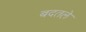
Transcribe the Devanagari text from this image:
बदतले